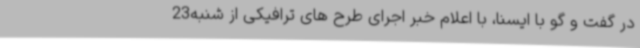
در گفت و گو با ایسنا، با اعلام خبر اجرای طرح های ترافیکی از شنبه23